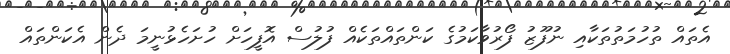
އެތައް ތުހުމަތުތަކާއި ނުފޫޒު ފޯރުވާކަމުގެ ކަންތައްތަކެއް ފުލުސް އޮފީހަށް ހުށަހެޅުނީމަ ދެން އެކަންތައް